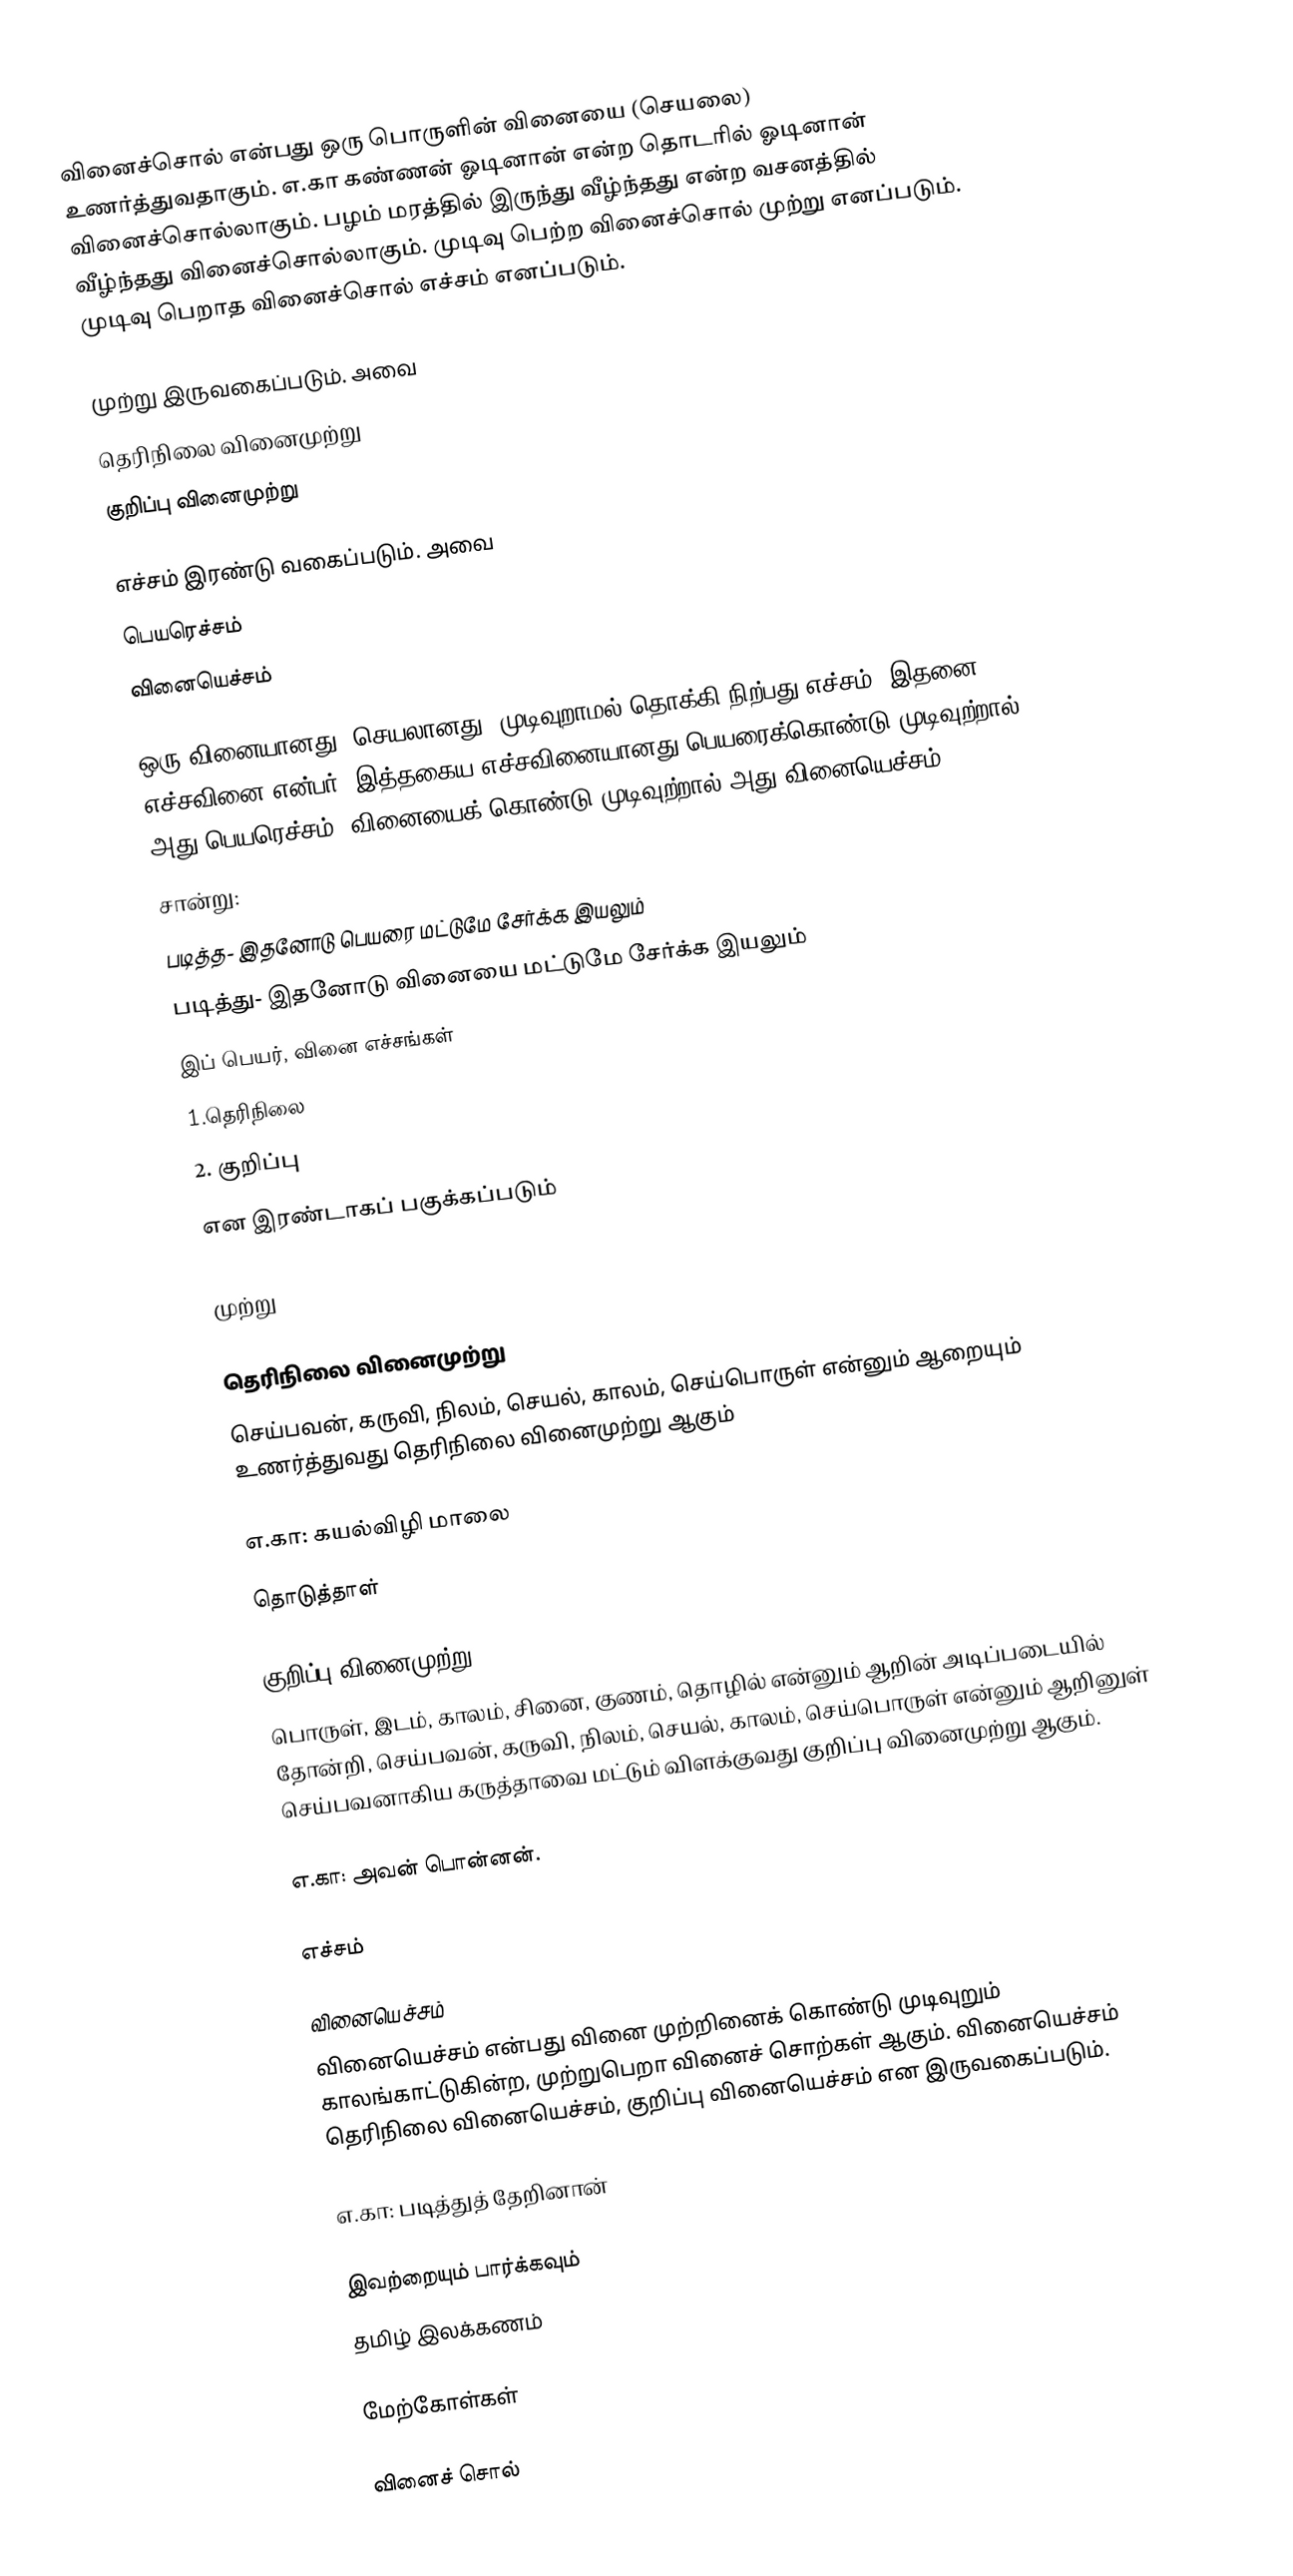
வினைச்சொல் என்பது ஒரு பொருளின் வினையை (செயலை) உணர்த்துவதாகும். எ.கா கண்ணன் ஓடினான் என்ற தொடரில் ஓடினான் வினைச்சொல்லாகும். பழம் மரத்தில் இருந்து வீழ்ந்தது என்ற வசனத்தில் வீழ்ந்தது வினைச்சொல்லாகும். முடிவு பெற்ற வினைச்சொல் முற்று எனப்படும். முடிவு பெறாத வினைச்சொல் எச்சம் எனப்படும்.

முற்று இருவகைப்படும். அவை
 தெரிநிலை வினைமுற்று
 குறிப்பு வினைமுற்று

எச்சம் இரண்டு வகைப்படும். அவை
 பெயரெச்சம்
 வினையெச்சம்

ஒரு வினையானது (செயலானது) முடிவுறாமல் தொக்கி நிற்பது எச்சம். இதனை எச்சவினை என்பர். இத்தகைய எச்சவினையானது பெயரைக்கொண்டு முடிவுற்றால் அது பெயரெச்சம். வினையைக் கொண்டு முடிவுற்றால் அது வினையெச்சம்
சான்று:
படித்த- இதனோடு பெயரை மட்டுமே சேர்க்க இயலும்
படித்து- இதனோடு வினையை மட்டுமே சேர்க்க இயலும்
இப் பெயர், வினை எச்சங்கள்
1.தெரிநிலை
2. குறிப்பு
என இரண்டாகப் பகுக்கப்படும்

முற்று

தெரிநிலை வினைமுற்று
செய்பவன், கருவி, நிலம், செயல், காலம், செய்பொருள் என்னும் ஆறையும் உணர்த்துவது தெரிநிலை வினைமுற்று ஆகும்

எ.கா: கயல்விழி மாலை
தொடுத்தாள்

குறிப்பு வினைமுற்று
பொருள், இடம், காலம், சினை, குணம், தொழில் என்னும் ஆறின் அடிப்படையில் தோன்றி, செய்பவன், கருவி, நிலம், செயல், காலம், செய்பொருள் என்னும் ஆறினுள் செய்பவனாகிய கருத்தாவை மட்டும் விளக்குவது குறிப்பு வினைமுற்று ஆகும்.

எ.கா: அவன் பொன்னன்.

எச்சம்

வினையெச்சம்
வினையெச்சம் என்பது வினை முற்றினைக் கொண்டு முடிவுறும் காலங்காட்டுகின்ற, முற்றுபெறா வினைச் சொற்கள் ஆகும். வினையெச்சம் தெரிநிலை வினையெச்சம், குறிப்பு வினையெச்சம் என இருவகைப்படும்.

எ.கா: படித்துத் தேறினான்

இவற்றையும் பார்க்கவும்
 தமிழ் இலக்கணம்

மேற்கோள்கள்

 வினைச் சொல்